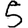
Digit: 5